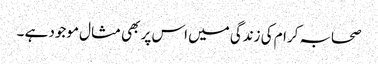
صحابہ کرام کی زندگی میں اس پر بھی مثال موجود ہے ۔